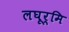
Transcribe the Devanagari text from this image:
लघूर्मि